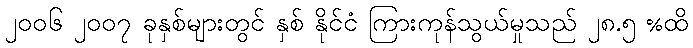
၂၀၀၆ ၂၀၀၇ ခုနှစ်များတွင် နှစ် နိုင်ငံ ကြားကုန်သွယ်မှုသည် ၂၈.၅ %ထိ